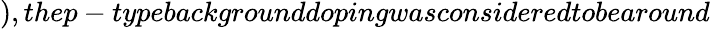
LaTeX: ),thep-typebackgrounddopingwasconsideredtobearound